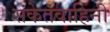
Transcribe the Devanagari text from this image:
संकेतवाहिनी